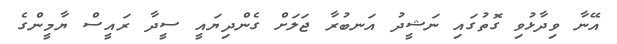
އޭނާ ވިދާޅުވި ގޮތުގައި ނަޝީދު އަނބުރާ ޖަލަށް ގެންދިޔައީ ސީދާ ރައީސް ޔާމީންގެ